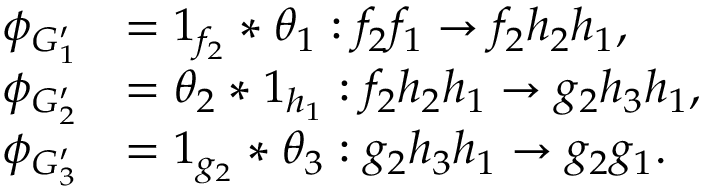
\begin{array} { r l } { \phi _ { G _ { 1 } ^ { \prime } } } & { = 1 _ { f _ { 2 } } * \theta _ { 1 } : f _ { 2 } f _ { 1 } \to f _ { 2 } h _ { 2 } h _ { 1 } , } \\ { \phi _ { G _ { 2 } ^ { \prime } } } & { = \theta _ { 2 } * 1 _ { h _ { 1 } } : f _ { 2 } h _ { 2 } h _ { 1 } \to g _ { 2 } h _ { 3 } h _ { 1 } , } \\ { \phi _ { G _ { 3 } ^ { \prime } } } & { = 1 _ { g _ { 2 } } * \theta _ { 3 } : g _ { 2 } h _ { 3 } h _ { 1 } \to g _ { 2 } g _ { 1 } . } \end{array}